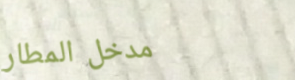
مدخل المطار